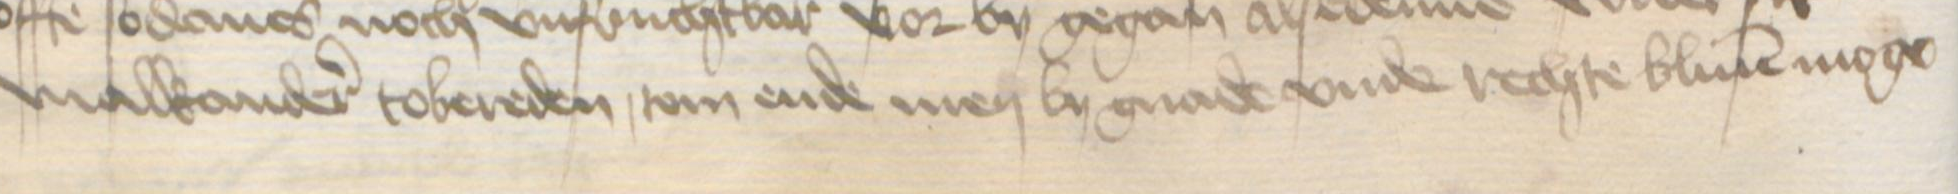
malkander tobereden, tom ende men by gnade vnde rechte bliuen moge